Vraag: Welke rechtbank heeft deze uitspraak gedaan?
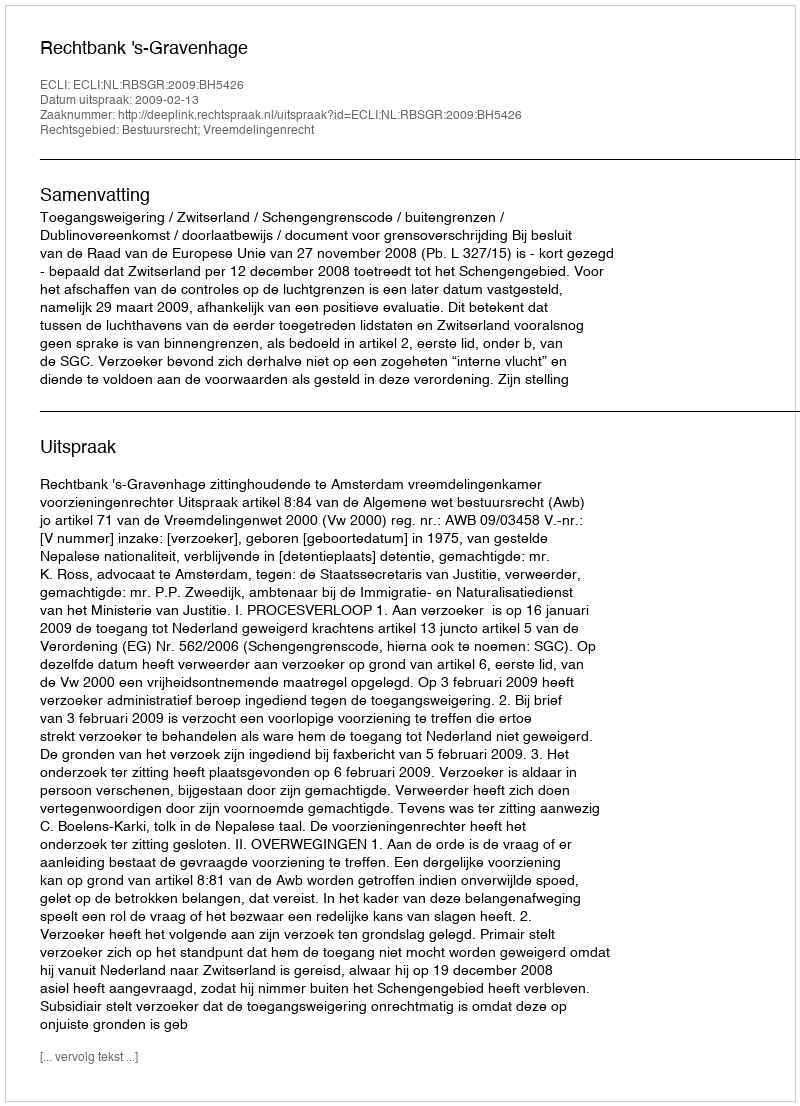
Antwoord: Rechtbank 's-Gravenhage